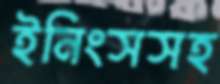
ইনিংসসহ